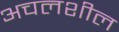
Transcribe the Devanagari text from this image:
अचलशील